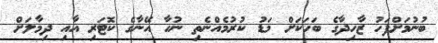
ބުނުމަށްފަހު ޒާހިދާގެ ބަހަކަށް މަޑު ކުރުމެއްނެތި ނުހާ އޭނާގެ ކޮޓަރި އާއި ދިމާލަށް